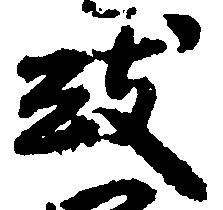
致